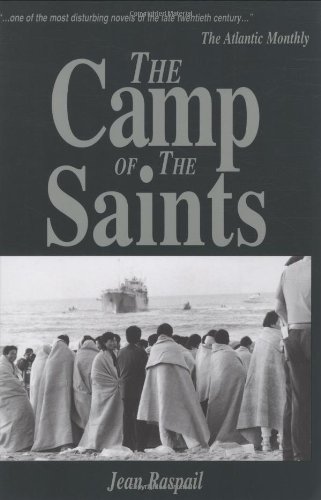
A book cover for The Camp of the Saints; Jean Raspail; Literature & Fiction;